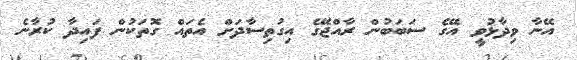
އޭނާ ވިދާޅުވީ އޭގެ ސަބަބުން ރާއްޖޭގެ އިގުތިސާދަށް އެތައް ގޮތަކުން ފައިދާ ކުރާނެ